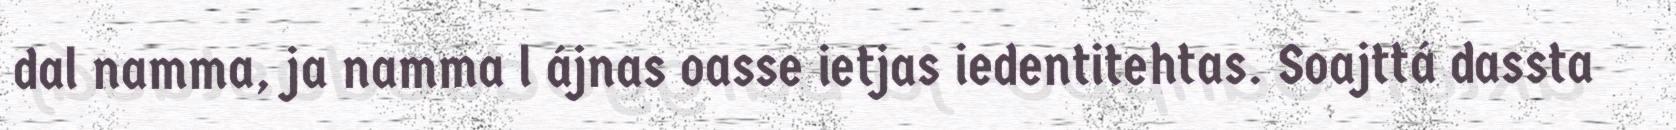
dal namma, ja namma l ájnas oasse ietjas iedentitehtas. Soajttá dassta